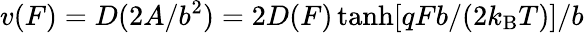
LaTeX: v(F)=D(2A/b^{2})=2D(F)\operatorname{tanh}[qFb/(2k_{\mathrm{B}}T)]/b